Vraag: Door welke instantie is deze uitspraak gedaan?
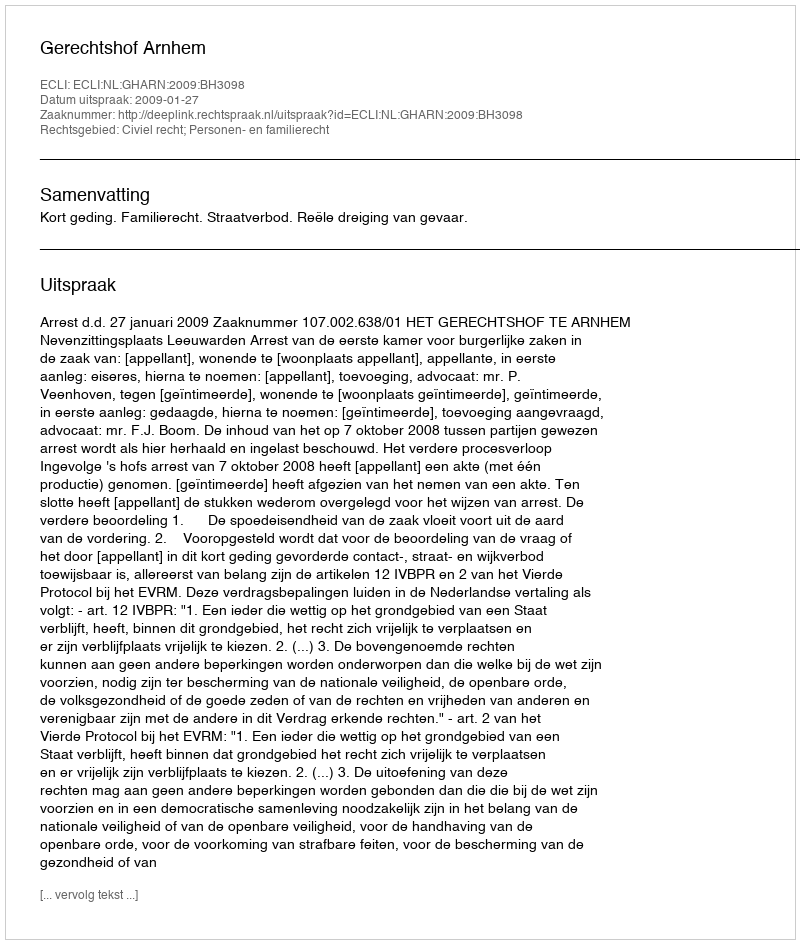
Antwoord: Gerechtshof Arnhem